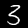
Label: 3